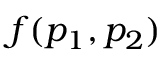
f ( p _ { 1 } , p _ { 2 } )